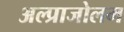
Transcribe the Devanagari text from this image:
अल्प्राजोलम